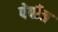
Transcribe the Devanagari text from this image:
पेपीज